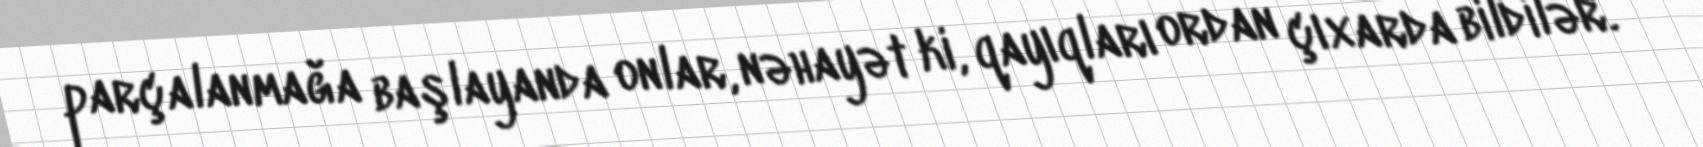
parçalanmağa başlayanda onlar, nəhayət ki, qayıqları ordan çıxarda bildilər.